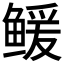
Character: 𲍗